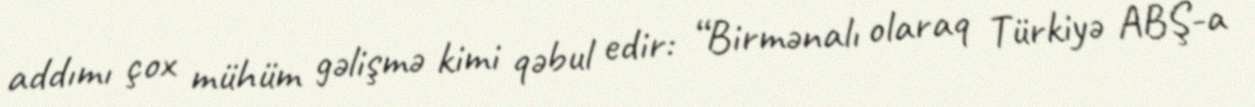
addımı çox mühüm gəlişmə kimi qəbul edir: “Birmənalı olaraq Türkiyə ABŞ-a